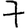
Digit: 7